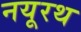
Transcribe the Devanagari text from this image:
नयूरथ